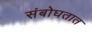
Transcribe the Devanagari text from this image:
संबोघतात